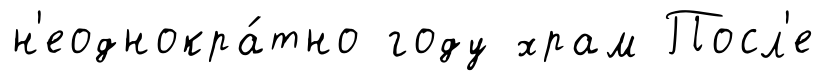
н'еоднокра́тно году храм Посл'е